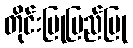
တိုင်းပြုပြည်ပြု